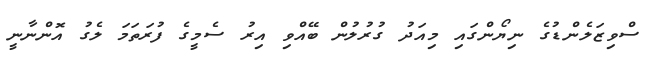
ސްވިޒަލެންޑުގެ ނިޔޯންގައި މިއަދު ގުރުލުން ބޭއްވި އިރު ސެމީގެ ފުރަތަމަ ލެގު އޮންނާނީ